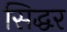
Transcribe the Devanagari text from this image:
सिद्धर